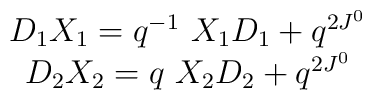
\begin{array}{c}D_{1}X_{1}=q^{-1}\ X_{1}D_{1}+q^{2J^{0}}\\D_{2}X_{2}=q\ X_{2}D_{2}+q^{2J^{0}}\end{array}